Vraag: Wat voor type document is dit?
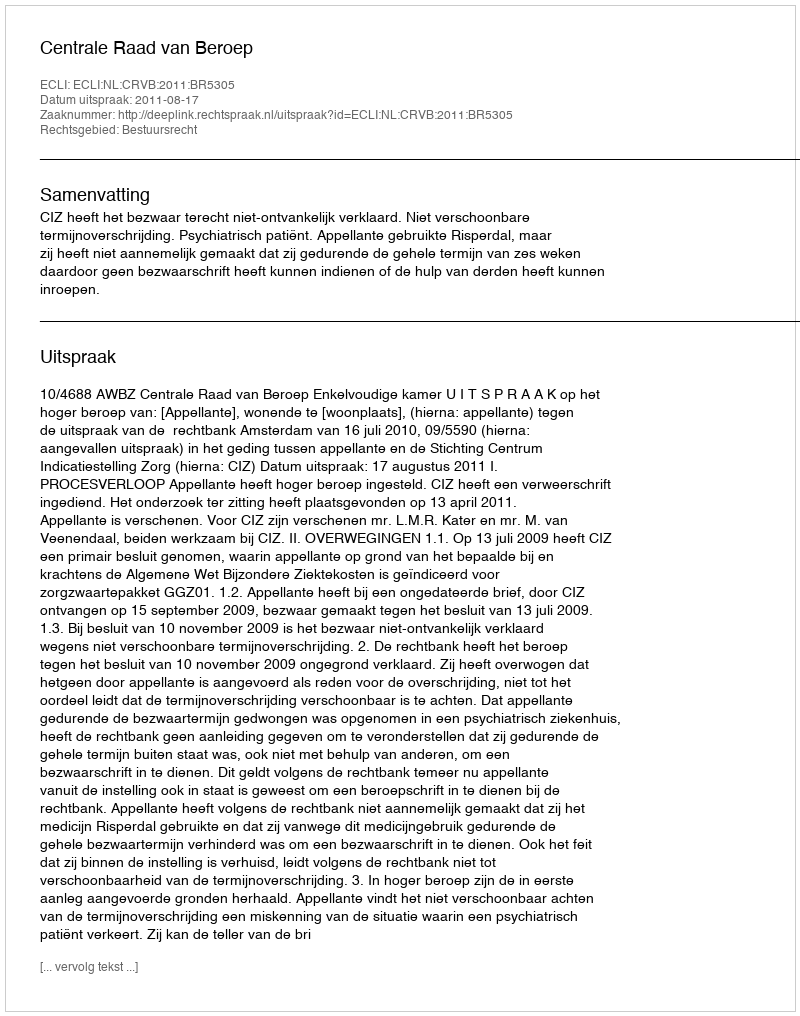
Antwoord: Uitspraak